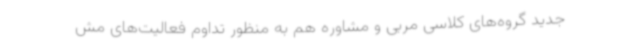
جدید گروه‌های کلاسی مربی و مشاوره هم به منظور تداوم فعالیت‌های مش